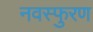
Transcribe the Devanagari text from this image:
नवस्फुरण